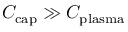
C _ { \mathrm { c a p } } \gg C _ { \mathrm { p l a s m a } }